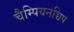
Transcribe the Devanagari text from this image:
चैम्पियनच्चिप